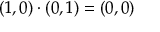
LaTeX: ( 1 , 0 ) \cdot ( 0 , 1 ) = ( 0 , 0 )